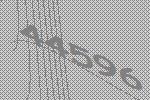
44596